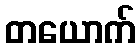
တယောက်